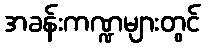
အခန်းကဏ္ဍများတွင်